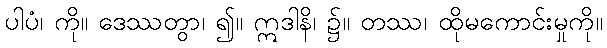
ပါပံ၊ ကို။ ဒေဿတွာ၊ ၍။ ဣဒါနိ၊ ၌။ တဿ၊ ထိုမကောင်းမှုကို။